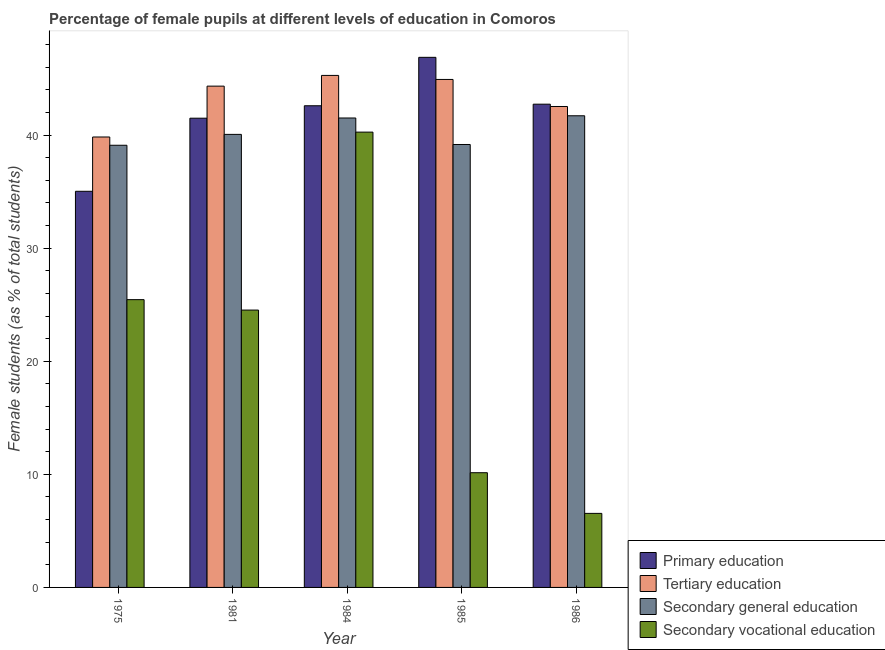
| Year | Primary education | Tertiary education | Secondary general education | Secondary vocational education |
 | --- | --- | --- | --- | --- |
 | 1975 | 35 | 39.8 | 39.1 | 25.4 |
 | 1981 | 41.5 | 44.3 | 40.1 | 24.5 |
 | 1984 | 42.6 | 45.3 | 41.5 | 40.3 |
 | 1985 | 46.9 | 44.9 | 39.2 | 10.1 |
 | 1986 | 42.7 | 42.5 | 41.7 | 6.55 |